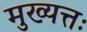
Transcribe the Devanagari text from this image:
मुख्यत्तः